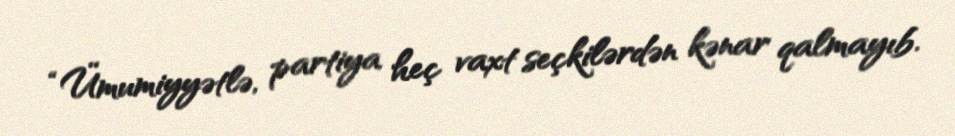
“Ümumiyyətlə, partiya heç vaxt seçkilərdən kənar qalmayıb.